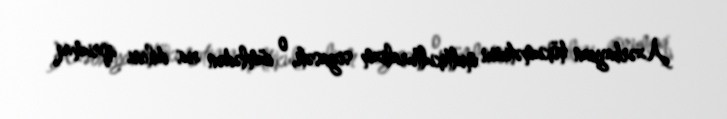
Azərbaycan hökumətinin multikulturalizm siyasəti, o cümlədən rus dilini qorumaq